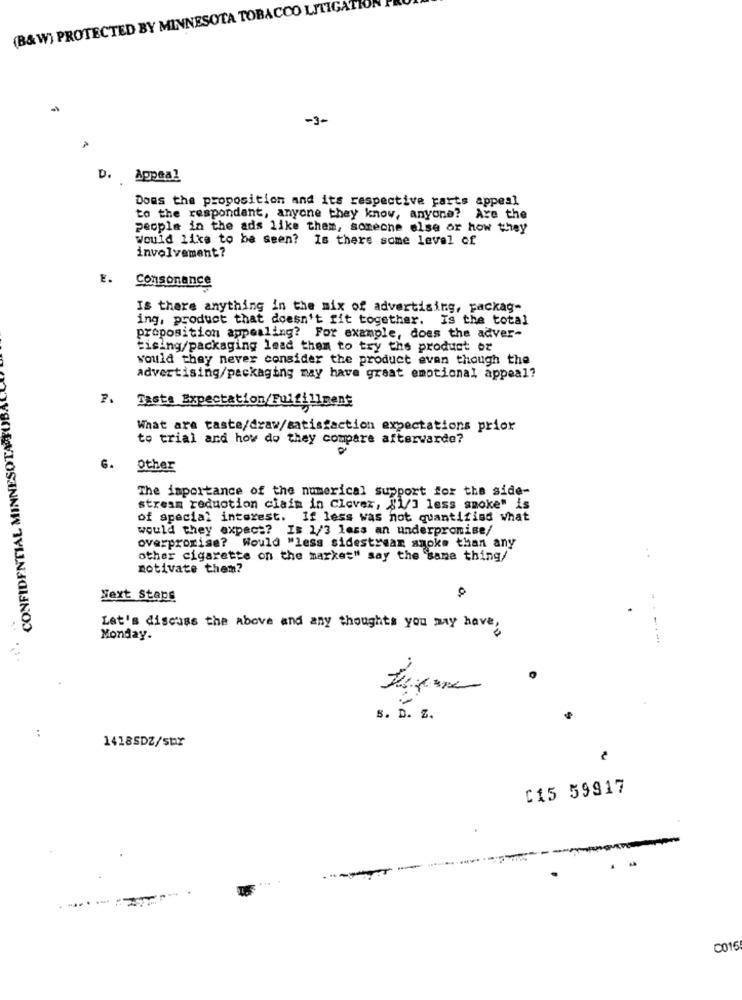
(B&W) PROTECTED BY MINNESOTA TOBACCO LITIGATION
-3-
D. Appeal
Dons the proposition and its respective parts appeal
to the respondant, anyone they know, anyone? Are the
people in the ads like them, someone else or how they
Would like to be seen? Is there some level of
involvement?
E.
Consonance
Is there anything in the mix of advertising, packag-
ing, product that doesn't fit together. Is the total
proposition appealing? For example, does the adver-
tising/packaging lead them to try the product or
would they never consider the product even though the
advertising/packaging may have great emotional appeal?
7. Taste Expectation/Fulfillment
CONFIDENTIAL MINNESOTA
What are taste/draw/satisfaction expectations prior
to trial and how do they compare afterwarde?
Other
The importance of the numerical support for the side-
stream reduction claim in Clever, {1/3 less smoke" is
of special interest. If less was not quantified what
would they expect? Is 1/3 less an underpromise/
overpromise? Would "less sidestream anoke than any
other cigarette on the market" say the same thing/
motivate them?
Next Steps
Let's discuss the above and any thoughts you may have,
Monday.
s. D. Z.
:
1418SDZ/spr
C15 59917
001